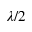
\lambda / 2